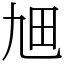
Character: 𤰙